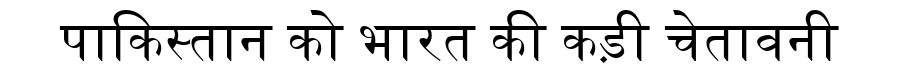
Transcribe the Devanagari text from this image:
पाकिस्तान को भारत की कड़ी चेतावनी